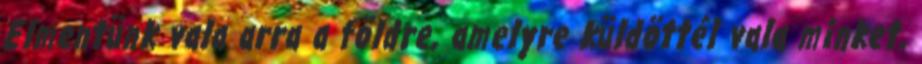
Elmentünk vala arra a földre, amelyre küldöttél vala minket,